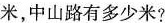
米，中山路有多少米?